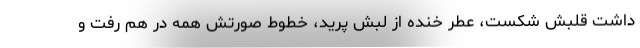
داشت قلبش شکست، عطر خنده از لبش پرید، خطوط صورتش همه در هم رفت و